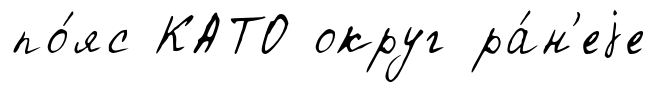
по́яс КАТО округ ра́н'еjе